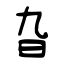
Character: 旮